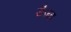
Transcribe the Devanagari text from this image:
डैज़्ड